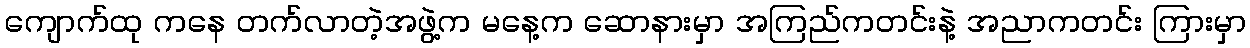
ကျောက်ထု ကနေ တက်လာတဲ့အဖွဲ့က မနေ့က ဆောနားမှာ အကြည်ကတင်းနဲ့ အညာကတင်း ကြားမှာ